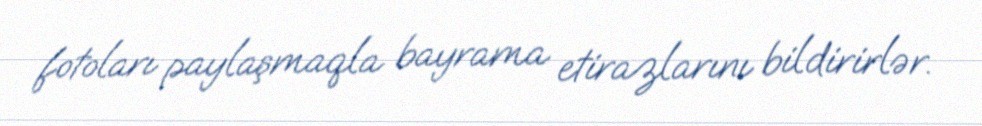
fotoları paylaşmaqla bayrama etirazlarını bildirirlər.